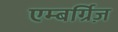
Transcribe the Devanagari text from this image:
एम्बर्ग्रिज़